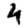
Digit: 4